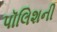
પૉલિશની